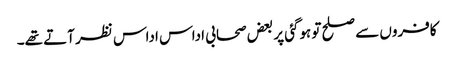
کافروں سے صلح تو ہوگئی پر بعض صحابی اداس اداس نظر آتے تھے۔